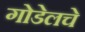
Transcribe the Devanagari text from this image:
गोडेलचे